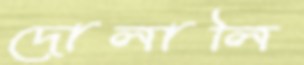
দোলালি